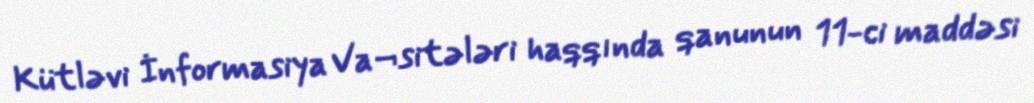
Kütləvi İnformasiya Va¬sitələri haqqında qanunun 11-ci maddəsi